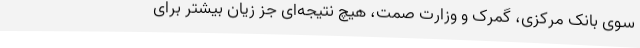
سوی بانک مرکزی، گمرک و وزارت صمت، هیچ نتیجه‌ای جز زیان بیشتر برای